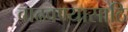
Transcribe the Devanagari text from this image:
वाढवण्यासाठि